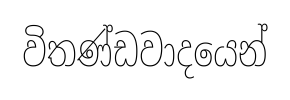
විතණ්ඩවාදයෙන්